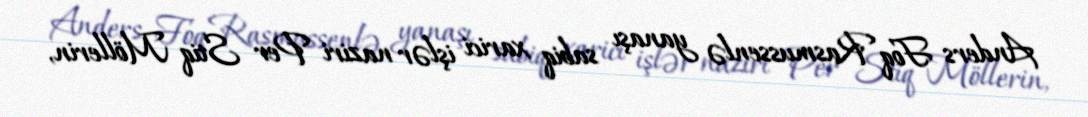
Anders Foq Rasmussenlə yanaşı sabiq xarici işlər naziri Per Stiq Möllerin,